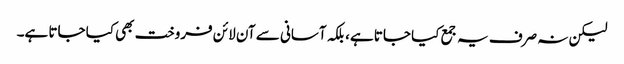
لیکن نہ صرف یہ جمع کیا جاتا ہے، بلکہ آسانی سے آن لائن فروخت بھی کیا جاتا ہے۔